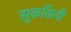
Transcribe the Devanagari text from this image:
सुकविली